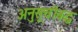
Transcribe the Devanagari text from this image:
अनुसूचीबद्ध